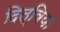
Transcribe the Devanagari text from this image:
दित्विया